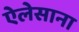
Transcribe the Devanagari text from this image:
ऐलेसाना